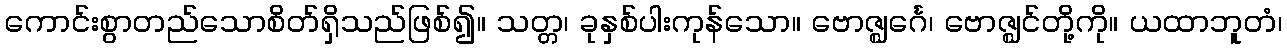
ကောင်းစွာတည်သောစိတ်ရှိသည်ဖြစ်၍။ သတ္တ၊ ခုနှစ်ပါးကုန်သော။ ဗောဇ္ဈင်္ဂေ၊ ဗောဇ္ဈင်တို့ကို။ ယထာဘူတံ၊